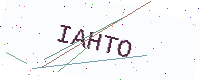
Text: IAHTO